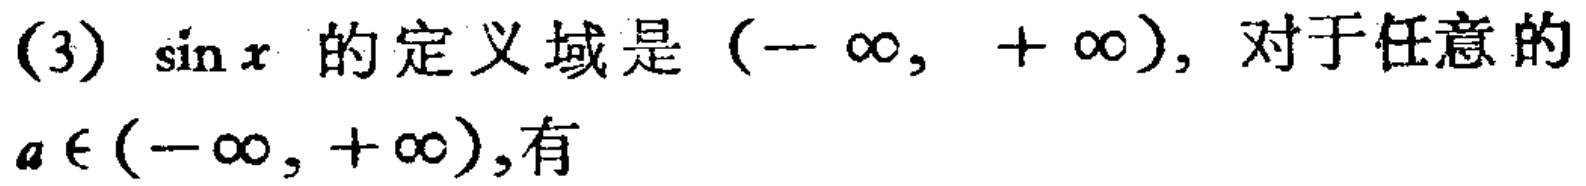
(3) $\sin x$ 的定义域是 $(-\infty, +\infty)$，对于任意的
$a \in (-\infty, +\infty)$,有